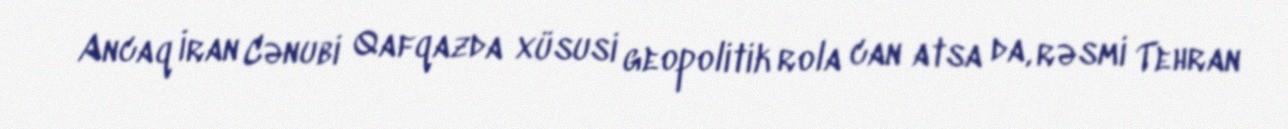
Ancaq İran Cənubi Qafqazda xüsusi geopolitik rola can atsa da, rəsmi Tehran